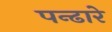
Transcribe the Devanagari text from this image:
पन्ढारे